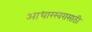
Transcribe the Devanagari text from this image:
आधारस्वरासाठी